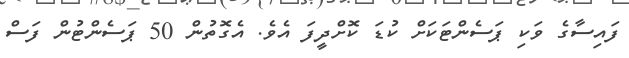
ފައިސާގެ ވަކި ޕަސެންޓަކަށް ކުޑަ ކޮށްދީފަ އެވެ. އެގޮތުން 50 ޕަސެންޓުން ފަސް